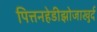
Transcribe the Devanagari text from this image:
पित्तनहेडीझोजाखुर्द